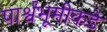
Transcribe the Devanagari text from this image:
पार्श्वभूमीकडे